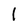
Character: 1